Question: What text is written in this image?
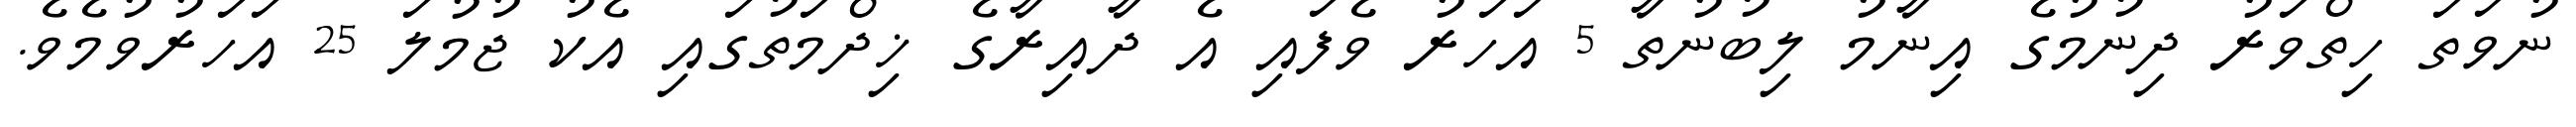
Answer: ނުވަތަ ހިތްވަރު ދިނުމުގެ އިނާމު ލިބުނުތާ 5 އަހަރު ވެފައި އެ ދާއިރާގެ ޚިދްމަތުގައި އެކު ޖުމުލަ 25 އަހަރުވުމެވެ.